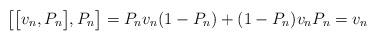
LaTeX: \begin{align*} \big[ \big[v_n,P_n\big] ,P_n\big]=P_n v_n(1-P_n)+(1-P_n)v_nP_n=v_n\end{align*}